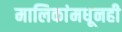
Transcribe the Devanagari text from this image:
मालिकांमधूनही